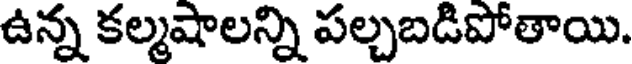
ఉన్న కల్మషాలన్ని పల్చబడిపోతాయి.